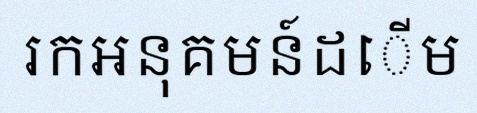
រកអនុគមន៍ដើម